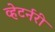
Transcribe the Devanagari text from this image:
व्हेटर्नरी